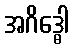
အဂိဒ္ဓေါ